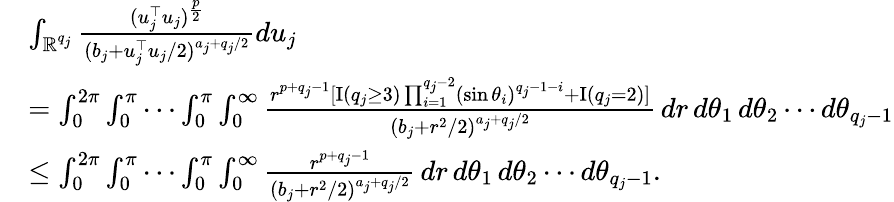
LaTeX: \begin{array}{rl}&{\int_{\mathbb{R}^{q_{j}}}\frac{(u_{j}^{\top}u_{j})^{\frac{p}{2}}}{(b_{j}+u_{j}^{\top}u_{j}/2)^{a_{j}+q_{j}/2}}du_{j}}\\ &{=\int_{0}^{2\pi}\int_{0}^{\pi}\cdots\int_{0}^{\pi}\int_{0}^{\infty}\frac{r^{p+q_{j}-1}[{\mathrm{I}}(q_{j}\ge 3)\prod_{i=1}^{q_{j}-2}(\sin\theta_{i})^{q_{j}-1-i}+{\mathrm{I}}(q_{j}=2)]}{(b_{j}+r^{2}/2)^{a_{j}+q_{j}/2}}\, dr\, d\theta_{1}\, d\theta_{2}\cdots d\theta_{q_{j}-1}}\\ &{\le\int_{0}^{2\pi}\int_{0}^{\pi}\cdots\int_{0}^{\pi}\int_{0}^{\infty}\frac{r^{p+q_{j}-1}}{(b_{j}+r^{2}/2)^{a_{j}+q_{j}/2}}\, dr\, d\theta_{1}\, d\theta_{2}\cdots d\theta_{q_{j}-1}.}\end{array}